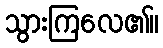
သွားကြလေ၏။